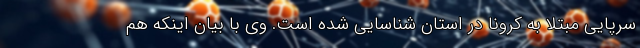
سرپایی مبتلا به کرونا در استان شناسایی شده است. وی با بیان اینکه هم